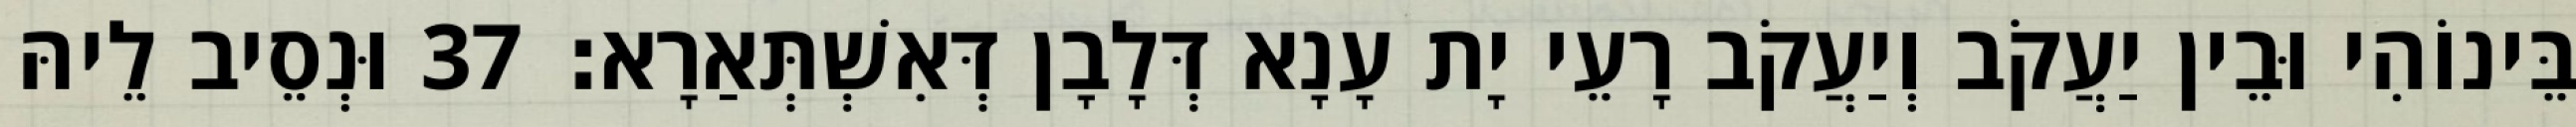
בֵּינוֹהִי וּבֵין יַעֲקֹב וְיַעֲקֹב רָעֵי יָת עָנָא דְּלָבָן דְּאִשְׁתְּאַרָא׃ 37 וּנְסֵיב לֵיהּ